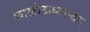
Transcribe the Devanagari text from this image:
कालीऊध्र्वान्वय